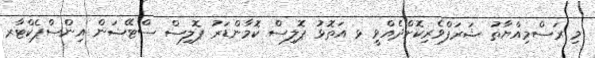
މި ރަސްމިއްޔާތު ޝަރަފްވެރިކޮށްދެއްވީ ޅ އަތޮޅު ޕޮލިސް ކޮމާންޑަރު ޕޮލިސް ސްޓޭޝަން އިންސްޕެކްޓާރ